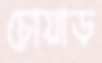
চোয়াড়